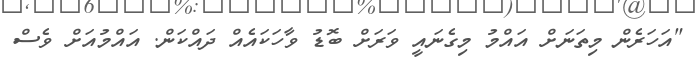
"އަހަރެން މިތަނަށް އައްމު މިގެނައީ ވަރަށް ބޮޑު ވާހަކައެއް ދައްކަން. އައްމުއަށް ވެސް